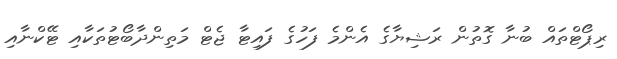
ރިޕޯޓްތައް ބުނާ ގޮތުން ރަޝިޔާގެ އެންމެ ފަހުގެ ފައިޓާ ޖެޓް މަތިންދާބޯޓުތަކާއި ޓޭކްނާއި